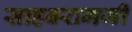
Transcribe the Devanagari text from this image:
साहबरामजी